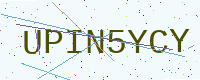
Text: UPIN5YCY